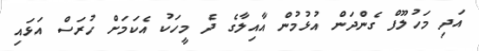
އަދި މަހުލޫފް ގެންދަން އުޅުމުން އާއިލާގެ ދެ މީހަކު އެކަމަށް ހުރަސް އަޅައި